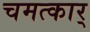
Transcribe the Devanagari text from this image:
चमत्कार्